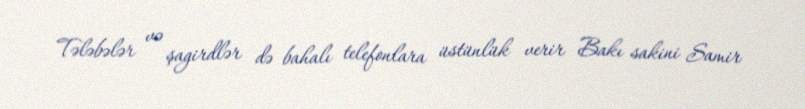
Tələbələr və şagirdlər də bahalı telefonlara üstünlük verir Bakı sakini Samir